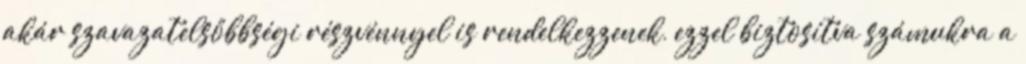
akár szavazatelsőbbségi részvénnyel is rendelkezzenek, ezzel biztosítva számukra a